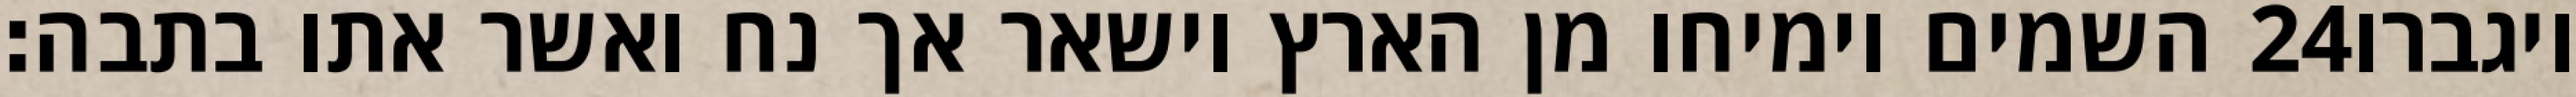
השמים וימיחו מן הארץ וישאר אך נח ואשר אתו בתבה׃ ‎24‏ ויגברו